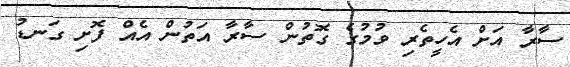
ސާރާ އަށް އެހީތެރި ވުމުގެ ގޮތުން ސާރާ އަތުން އެއް ފޮށި ގަނޑު